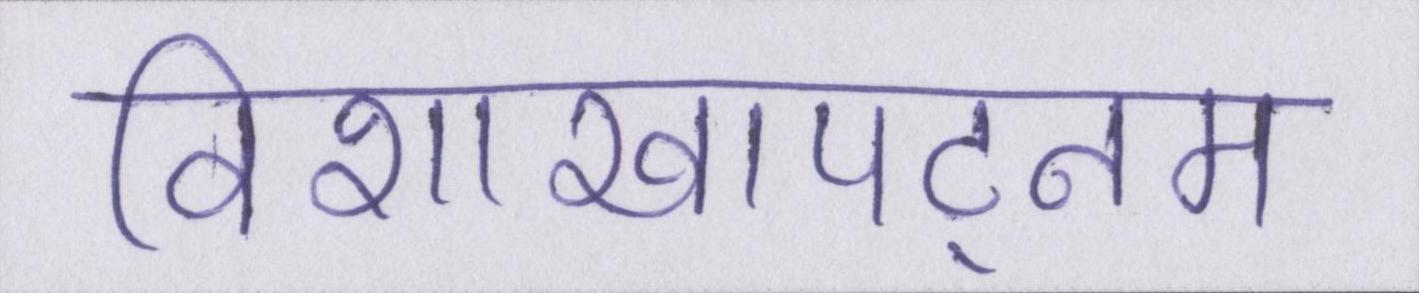
विशाखापट्नम